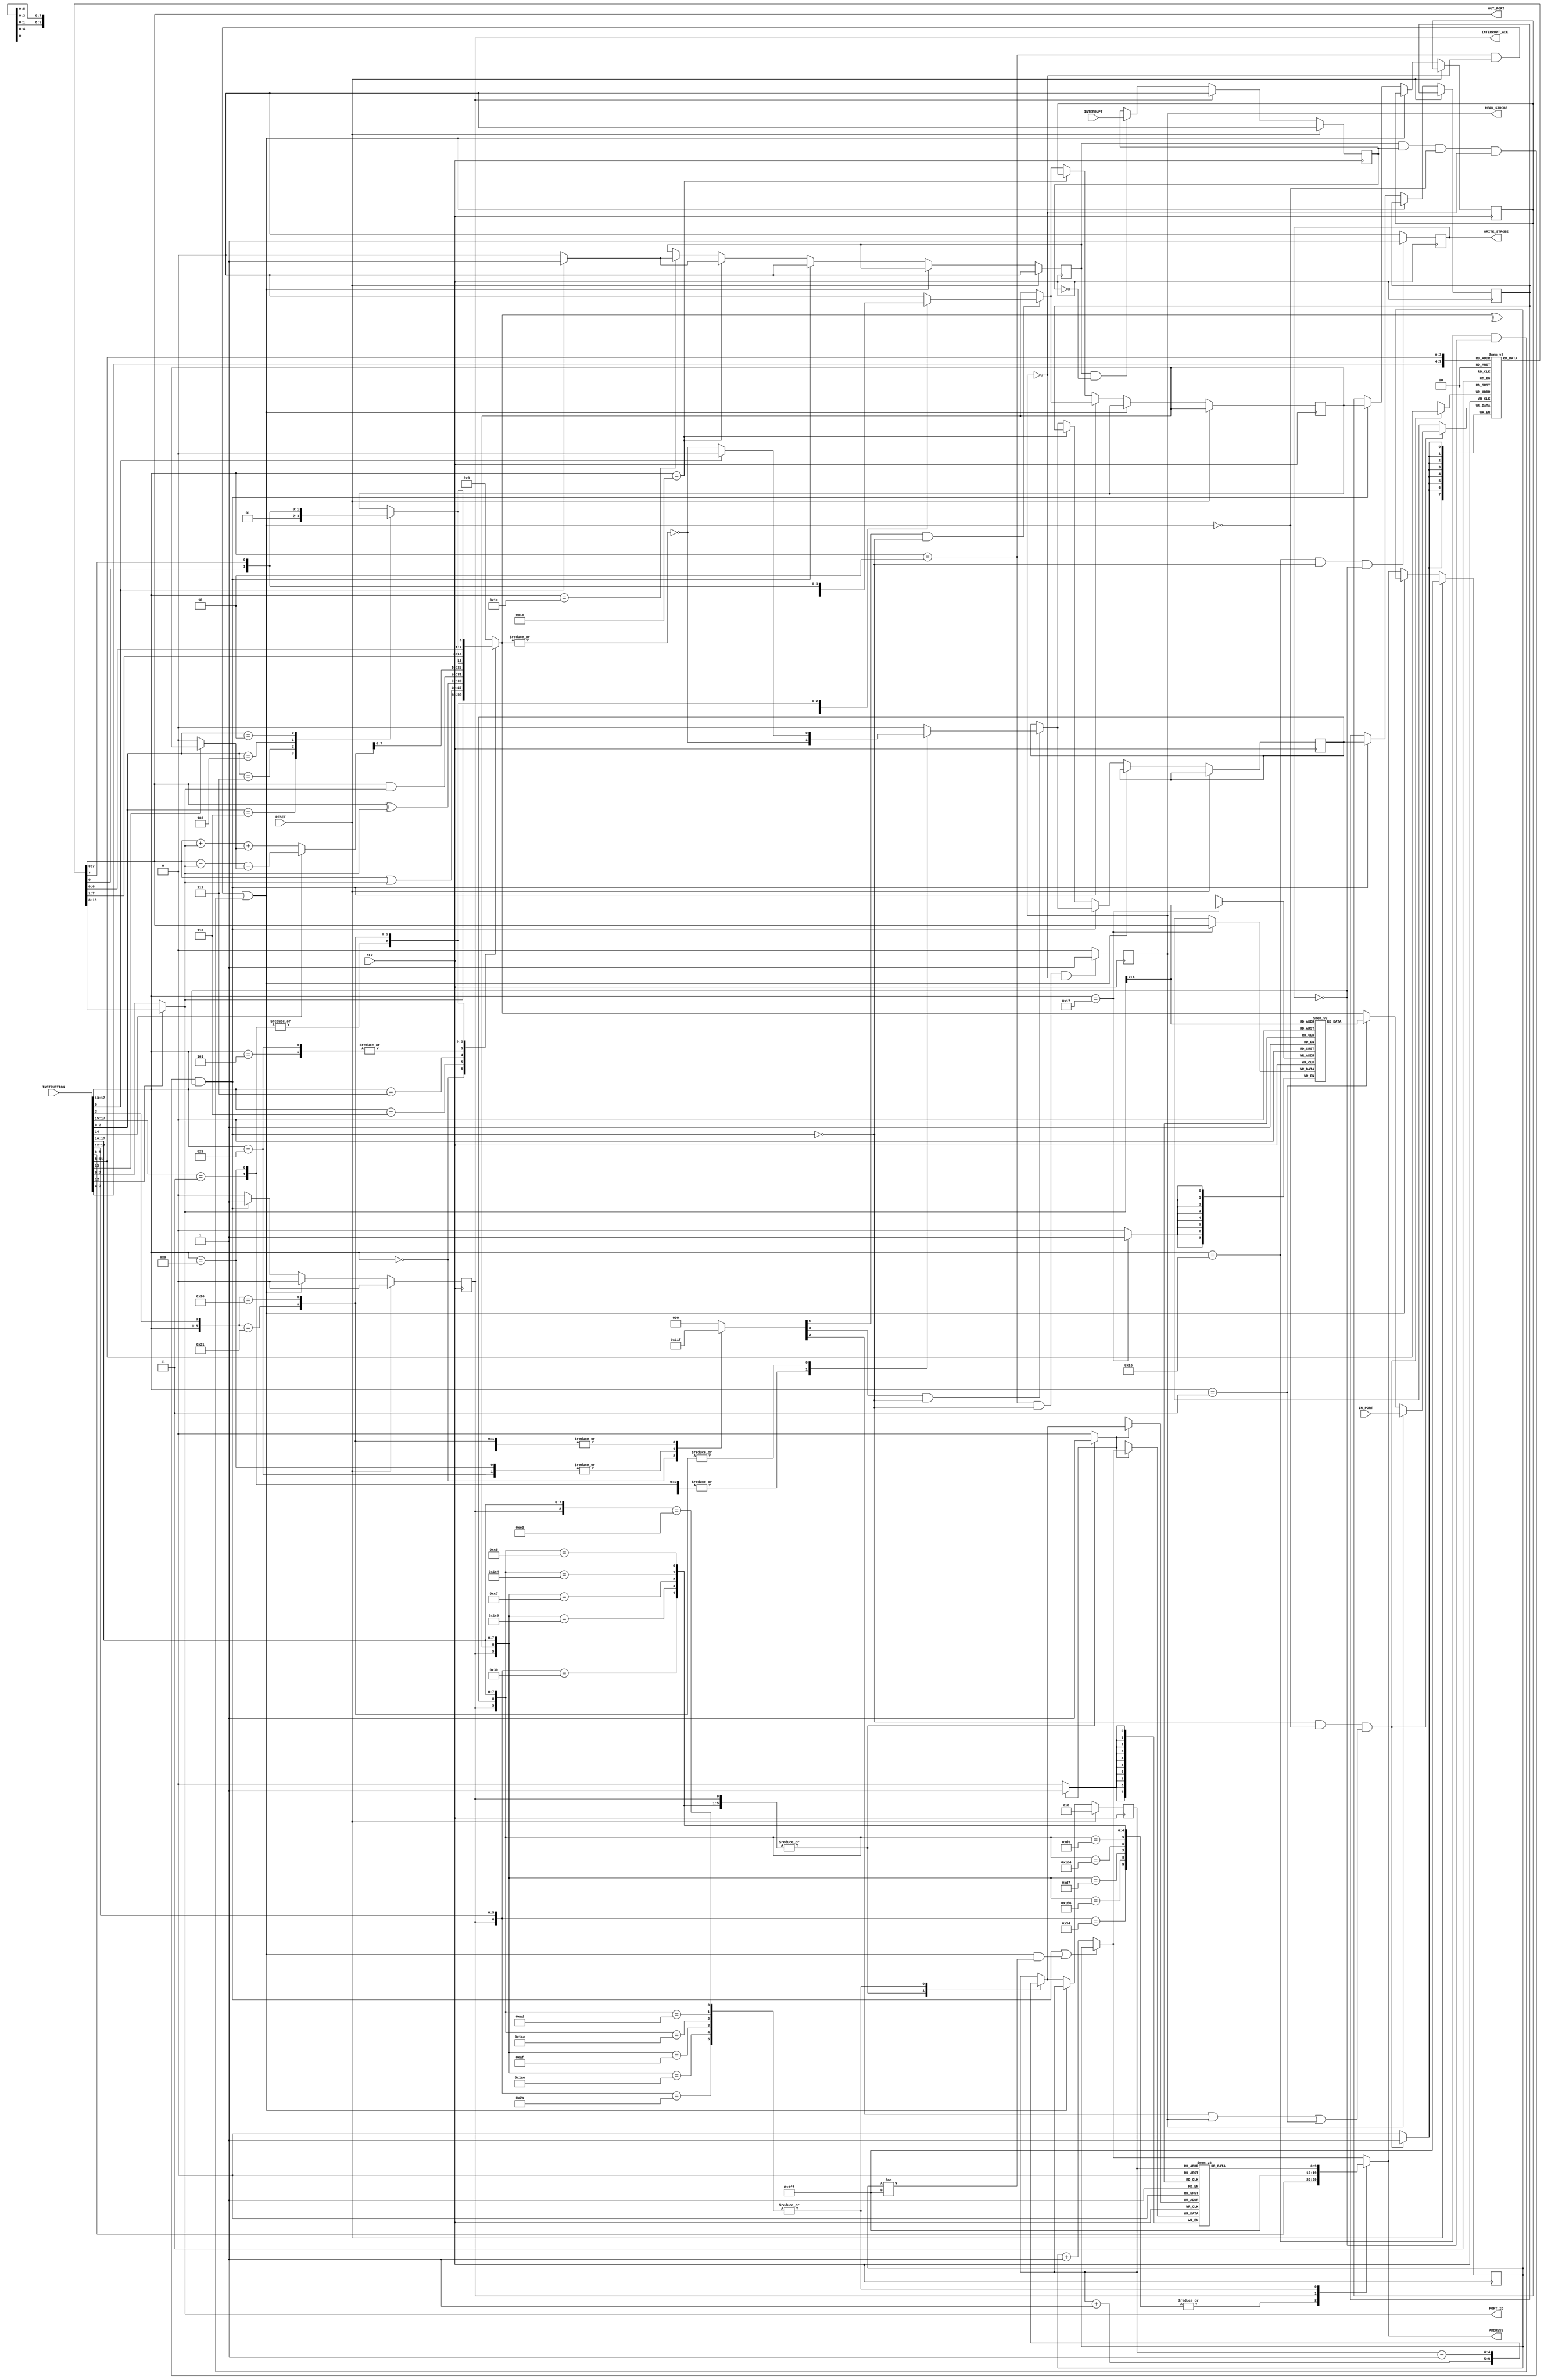
   //////////////////////////////////////////////////////////////////////////////////
//
// Wirtualny komponent mikrokontrolera pBlazeZH
//
// (C) 2009 Zbigniew Hajduk
// 
// 
//
// Ten kod rdowy moe podlega wolnej redystrybucji i/lub modyfikacjom 
// na oglnych zasadach okrelonych licencj GNU General Public License.
//
// Autor wyraa nadziej, e kod wirtualnego komponentu bdzie uyteczny
// jednak nie udziela ADNEJ GWARANCJI dotyczcej jego sprawnoci
// oraz przydatnoci dla partykularnych zastosowa.
//
//////////////////////////////////////////////////////////////////////////////////


module PBlazeZH(input [7:0] IN_PORT,
                input INTERRUPT,RESET,CLK,
                input [17:0] INSTRUCTION,
                output [7:0] OUT_PORT,PORT_ID,
                output reg READ_STROBE,WRITE_STROBE,INTERRUPT_ACK,
                output [9:0] ADDRESS);

reg [7:0] REGISTERS [0:15];
reg [7:0] SCRATCHPAD [0:63];
reg INT_ENABLE,CARRY,ZERO,PR_CARRY,PR_ZERO;
reg [9:0] PC,pc_next;
wire [9:0] pcp1,top_of_stack;
reg [9:0] STACK [31:0];
reg [4:0] sp,sp_next;
reg jmp,ar,ac,az,cy,z,int_sync;
wire [9:0] aaa=INSTRUCTION[9:0];
wire [7:0] kk=INSTRUCTION[7:0];
wire [3:0] sX=INSTRUCTION[11:8];
wire [3:0] sY=INSTRUCTION[7:4];
wire [7:0] DO_SP,ALU_AND;
wire fetch=(INSTRUCTION[17:13]==5'b00011);
wire store=(INSTRUCTION[17:13]==5'b10111);
wire reti=(INSTRUCTION[17:13]==5'b11100);

wire [7:0] DO2,AI1,ALU_SR,ALU_SL; 
wire [7:0] AI2=(INSTRUCTION[12])?DO2:kk;
reg [7:0] AO,regs_in;
wire parity=^AO;
wire z0=~(|AO);
wire cin;
reg sr_in;
reg [8:0] ALU_ADD_SUB;
wire [5:0] SP_ADDR=AI2[5:0];
wire go=PC!=10'h3ff;
wire rd_strobe=INSTRUCTION[17:13]==5'b00010;
wire wr_strobe=INSTRUCTION[17:13]==5'b10110;
wire skip=(rd_strobe&~READ_STROBE)|(wr_strobe&~WRITE_STROBE);
wire int_req=INT_ENABLE&int_sync&~skip&~READ_STROBE&~WRITE_STROBE;

assign ADDRESS=pc_next;
assign PORT_ID=AI2;
assign OUT_PORT=AI1;
assign pcp1=(int_req|(skip&go))?PC:PC+1;
assign top_of_stack=STACK[sp];

always @(posedge CLK) //(1)
if(RESET) int_sync<=0; else
begin
 if(INT_ENABLE&~int_sync) int_sync<=INTERRUPT;
 if(INTERRUPT_ACK) int_sync<=0;
end

always @(posedge CLK) //(2)
 if(jmp) STACK[sp_next]<=pcp1;

always @(*) //(3)
 if(READ_STROBE) regs_in=IN_PORT;
 else
 if(fetch) regs_in=DO_SP;
 else regs_in=AO;

always @(posedge CLK) //(4)
 if(~int_req&~skip&(ar|READ_STROBE|fetch))REGISTERS[sX]<=regs_in;

always @(posedge CLK) //(5)
 if(store) SCRATCHPAD[SP_ADDR]<=AI1;

assign DO2=REGISTERS[sY]; //(6)
assign AI1=REGISTERS[sX];
assign DO_SP=SCRATCHPAD[SP_ADDR];

always @(*) //(7)
 casex ({INTERRUPT_ACK,CARRY,ZERO,INSTRUCTION[17:10]})
  11'b0xx_1100_00xx: begin pc_next=aaa; jmp=1; sp_next=sp+1; end //call
  11'b01x_1100_0110: begin pc_next=aaa; jmp=1; sp_next=sp+1; end //if CARRY
  11'b00x_1100_0111: begin pc_next=aaa; jmp=1; sp_next=sp+1; end //if NOT CARRY
  11'b0x1_1100_0100: begin pc_next=aaa; jmp=1; sp_next=sp+1; end //if ZERO
  11'b0x0_1100_0101: begin pc_next=aaa; jmp=1; sp_next=sp+1; end //if NOT ZERO
  11'b0xx_1101_00xx: begin pc_next=aaa; jmp=0; sp_next=sp; end //jump
  11'b01x_1101_0110: begin pc_next=aaa; jmp=0; sp_next=sp; end //if CARRY
  11'b00x_1101_0111: begin pc_next=aaa; jmp=0; sp_next=sp; end //if NOT CARRY
  11'b0x1_1101_0100: begin pc_next=aaa; jmp=0; sp_next=sp; end //if ZERO
  11'b0x0_1101_0101: begin pc_next=aaa; jmp=0; sp_next=sp; end //if NOT ZERO
  11'b0xx_1010_10xx: begin pc_next=top_of_stack; jmp=0; sp_next=sp-1; end //RETURN 
  11'b01x_1010_1110: begin pc_next=top_of_stack; jmp=0; sp_next=sp-1; end //RETURN if CARRY
  11'b00x_1010_1111: begin pc_next=top_of_stack; jmp=0; sp_next=sp-1; end //RETURN if NOT CARRY
  11'b0x1_1010_1100: begin pc_next=top_of_stack; jmp=0; sp_next=sp-1; end //RETURN if ZERO
  11'b0x0_1010_1101: begin pc_next=top_of_stack; jmp=0; sp_next=sp-1; end //RETURN if NOT ZERO
  11'b1xx_xxxx_xxxx: begin pc_next=18'h3ffff; jmp=1; sp_next=sp+1; end // interrupt event
  11'b0xx_1110_0000: begin pc_next=top_of_stack; jmp=0; sp_next=sp-1; end //RETURNI
  default: begin pc_next=pcp1; jmp=0; sp_next=sp; end 
 endcase

/**************************  ALU *****************************/
assign ALU_AND=AI1&AI2; //(8)
assign cin=INSTRUCTION[13]?CARRY:1'b0;
assign ALU_SR={sr_in,AI1[7:1]};
assign ALU_SL={AI1[6:0],sr_in};

always @(*)
 if(INSTRUCTION[14]) ALU_ADD_SUB=AI1-AI2-cin;
 else ALU_ADD_SUB=AI1+AI2+cin;

always @(*)
 case(INSTRUCTION[2:0])
  3'b110: sr_in=1'b0;
  3'b111: sr_in=1'b1;
  3'b100: sr_in=AI1[0];
  3'b010: sr_in=AI1[7];
  3'b000: sr_in=CARRY;
  default: sr_in=CARRY;
 endcase

always @(*)
 casex({INSTRUCTION[17:13],INSTRUCTION[3]})
  9'b00000x: {ar,ac,az,cy,z,AO}={5'b10000,AI2}; // LOAD
  9'b00101x: begin {ar,ac,az}={3'b111}; cy=1'b0; z=z0; AO=ALU_AND; end // AND
  9'b00110x: begin {ar,ac,az}={3'b111}; cy=1'b0; z=z0; AO=AI1|AI2; end // OR
  9'b00111x: begin {ar,ac,az}={3'b111}; cy=1'b0; z=z0; AO=AI1^AI2; end // XOR
  9'b01001x: begin {ar,ac,az}={3'b011}; cy=parity; z=z0; AO=ALU_AND; end // TEST
  9'b011xxx: begin {ar,ac,az}={3'b111}; {cy,AO}=ALU_ADD_SUB; z=z0; end // SUB, SUBCY
  9'b01010x: begin {ar,ac,az}={3'b011}; {cy,AO}=ALU_ADD_SUB; z=z0; end // COMPARE
  9'b100001: begin {ar,ac,az}={3'b111}; cy=AI1[0]; AO=ALU_SR; 
                   z=((INSTRUCTION[0])?1'b0:z0); end // SR0,SR1
  9'b100000: begin {ar,ac,az}={3'b111}; cy=AI1[7]; AO=ALU_SL;
                   z=((INSTRUCTION[0])?1'b0:z0); end // SL0,SR1
  default: begin {ar,ac,az}={3'b000}; cy=1'b0; z=1'b0; AO=8'd0; end
 endcase
/******************************************************************/

always @(posedge CLK) //(9)
 if(rd_strobe&~int_req&~READ_STROBE) READ_STROBE<=1'b1;
  else READ_STROBE<=1'b0;

always @(posedge CLK) //(10)
 if(wr_strobe&~int_req&~WRITE_STROBE) WRITE_STROBE<=1'b1;
  else WRITE_STROBE<=1'b0;

always @(posedge CLK) //(11)
begin
 if(RESET) begin
  PC<=10'h3ff; sp<=5'd0;  INT_ENABLE<=1'b0; INTERRUPT_ACK<=1'b0;
 end else
 begin
   if(INTERRUPT_ACK) INTERRUPT_ACK<=1'b0;
   if(~skip)
   begin
    PC<=pc_next; sp<=sp_next;
    if(ac&~int_req) CARRY<=cy;
    if(az&~int_req) ZERO<=z; 
   if(int_req)
   begin
    PR_CARRY<=CARRY; PR_ZERO<=ZERO;
    INT_ENABLE<=1'b0; INTERRUPT_ACK<=1'b1;    
   end else
   begin
    if(reti)
    begin
     CARRY<=PR_CARRY; ZERO<=PR_ZERO;
     if(INSTRUCTION[0]) INT_ENABLE<=1'b1; 
     else INT_ENABLE<=1'b0;
    end else
    if(INSTRUCTION[17:13]==5'b11110) //ENABLE, DISABLE INT
    begin
     if(INSTRUCTION[0]) INT_ENABLE<=1'b1;
     else INT_ENABLE<=1'b0;
    end
   end
  end 
  end   
end
endmodule